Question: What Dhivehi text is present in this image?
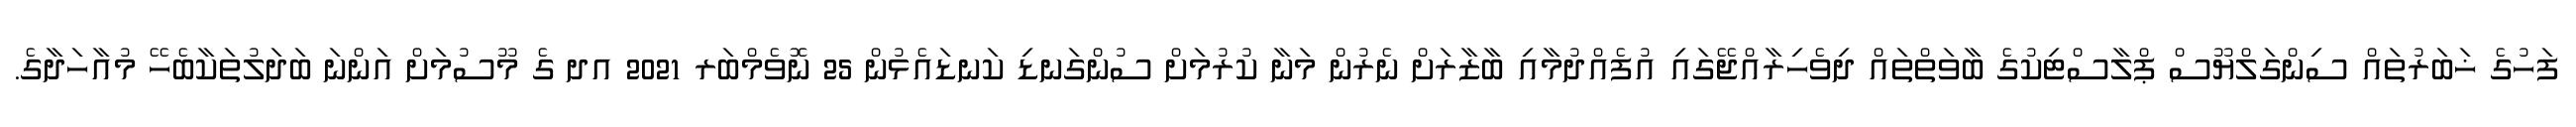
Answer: ފަހުގެ ޚަބަރުތައް ސިންގަލްޔޫސް ޕްލާސްޓިކުގެ ބާވަތްތައް ދިވެހިރާއްޖޭގައި އުފެއްދުމާއި ބާޒާރަށް ނެރުން މަނާ ކުރުމަށް ސުންގަނޑި ކަނޑައެޅުން 25 ނޮވެމްބަރ 2021 އދ ގެ މޫސުމަށް އަންނަ ބަދަލުތަކާބެހޭ މުއާހަދާގެ.